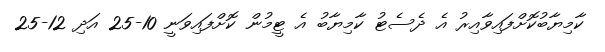
ކާމިޔާބުކޮށްފައިވާއިރު އެ ދެސެޓު ކާމިޔާބު އެ ޓީމުން ކޮށްފައިވަނީ 10-25 އަދި 12-25